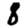
Digit: 8